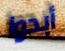
أبدوا